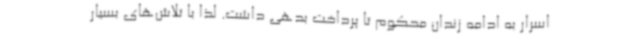
اسرار به ادامه زندان محکوم تا پرداخت بدهی داشت. لذا با تلاش‌های بسیار